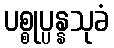
ပစ္စုပ္ပန္နသုခံ